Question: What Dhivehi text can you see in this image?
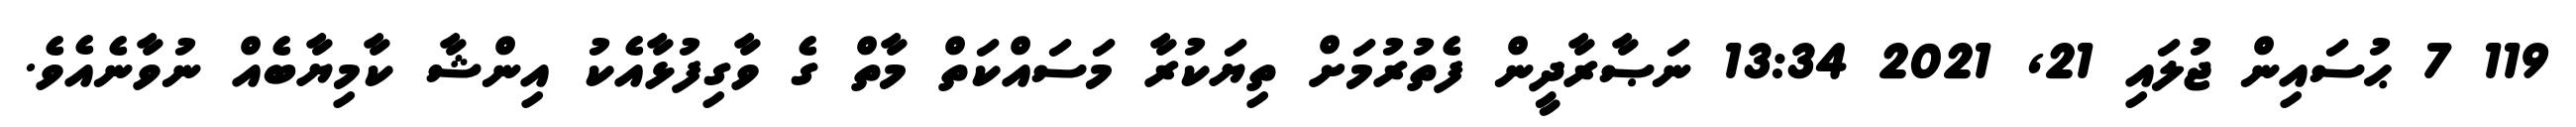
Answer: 119 7 ޙުސައިން ޖުލައި 21, 2021 13:34 ނަޞާރާދީން ފެތުރުމަށް ތިޔަކުރާ މަސައްކަތް މާތް ގެ ވާގިފުޅާއެކު އިންޝާ ކާމިޔާބެއް ނުވާނެއެވެ.